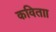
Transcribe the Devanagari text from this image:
कविताा